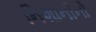
નિશાનીનો